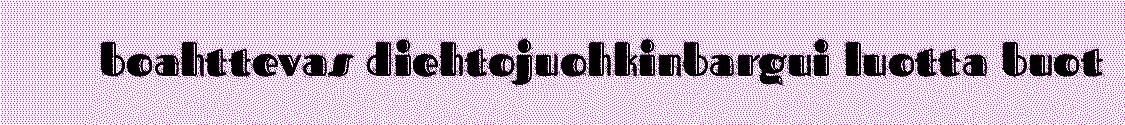
boahttevas diehtojuohkinbargui luotta buot